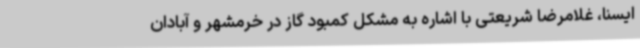
ایسنا، غلامرضا شریعتی با اشاره به مشکل کمبود گاز در خرمشهر و آبادان